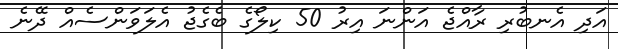
އަދި އެނބުރި ރާއްޖެ އަންނަ އިރު 50 ކިލޯގެ ބެގެޖު އެލަވަންސެއް ދޭނެ